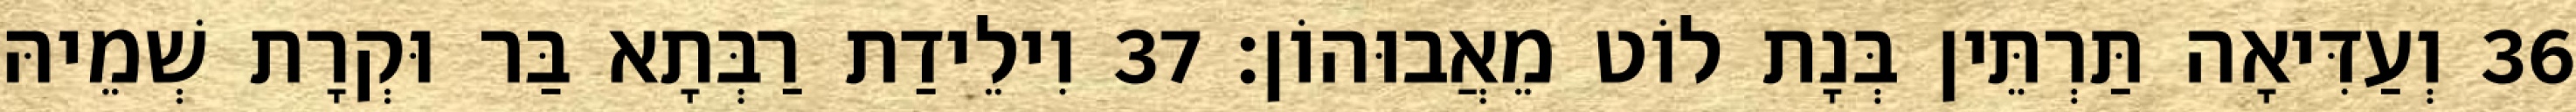
36 וְעַדִּיאָה תַּרְתֵּין בְּנָת לוֹט מֵאֲבוּהוֹן׃ 37 וִילֵידַת רַבְּתָא בַּר וּקְרָת שְׁמֵיהּ